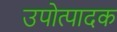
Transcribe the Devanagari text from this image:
उपोत्पादक